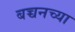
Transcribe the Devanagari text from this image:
बच्चनच्या